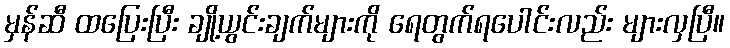
မှန်ဆီ ထပြေးပြီး ချို့ယွင်းချက်များကို ရေတွက်ရပေါင်းလည်း များလှပြီ။